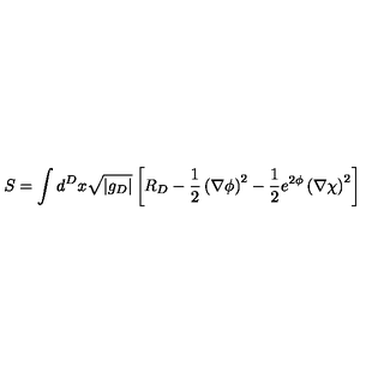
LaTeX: S = \int d ^ { D } x \sqrt { | g _ { D } | } \left[ R _ { D } - \frac { 1 } { 2 } \left( \nabla \phi \right) ^ { 2 } - \frac { 1 } { 2 } e ^ { 2 \phi } \left( \nabla \chi \right) ^ { 2 } \right]